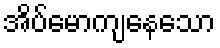
အိပ်မောကျနေသော